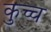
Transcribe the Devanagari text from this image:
कुच्च